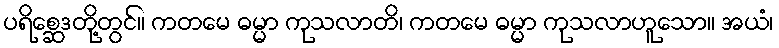
ပရိစ္ဆေဒတို့တွင်။ ကတမေ ဓမ္မာ ကုသလာတိ၊ ကတမေ ဓမ္မာ ကုသလာဟူသော။ အယံ၊